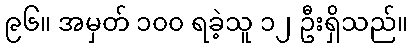
၉၆။ အမှတ် ၁၀၀ ရခဲ့သူ ၁၂ ဦးရှိသည်။